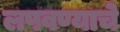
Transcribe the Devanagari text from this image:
लपवण्याचे